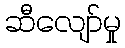
ဆီလျော်မှု